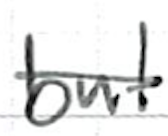
Text: but
Cross-out: mix
Writing tool: ballpoint